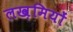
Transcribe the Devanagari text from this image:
लख़मियों